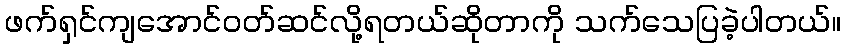
ဖက်ရှင်ကျအောင်ဝတ်ဆင်လို့ရတယ်ဆိုတာကို သက်သေပြခဲ့ပါတယ်။